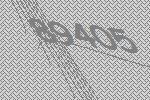
89405